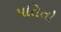
પતિતો